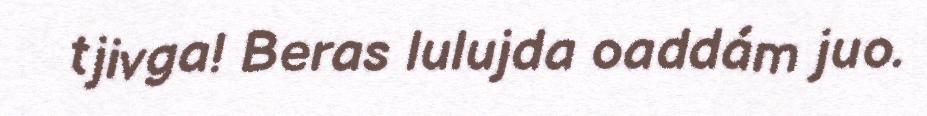
tjivga! Beras lulujda oaddám juo.